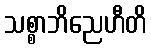
သစ္စာဘိညေဟီတိ